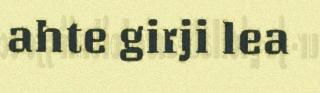
ahte girji lea